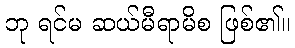
ဘု ရင်မ ဆယ်မီရာမိစ ဖြစ်၏။